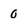
Character: 0